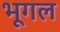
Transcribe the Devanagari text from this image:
भूगल